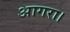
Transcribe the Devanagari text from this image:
आगरा।